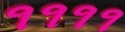
૧૧૧૧